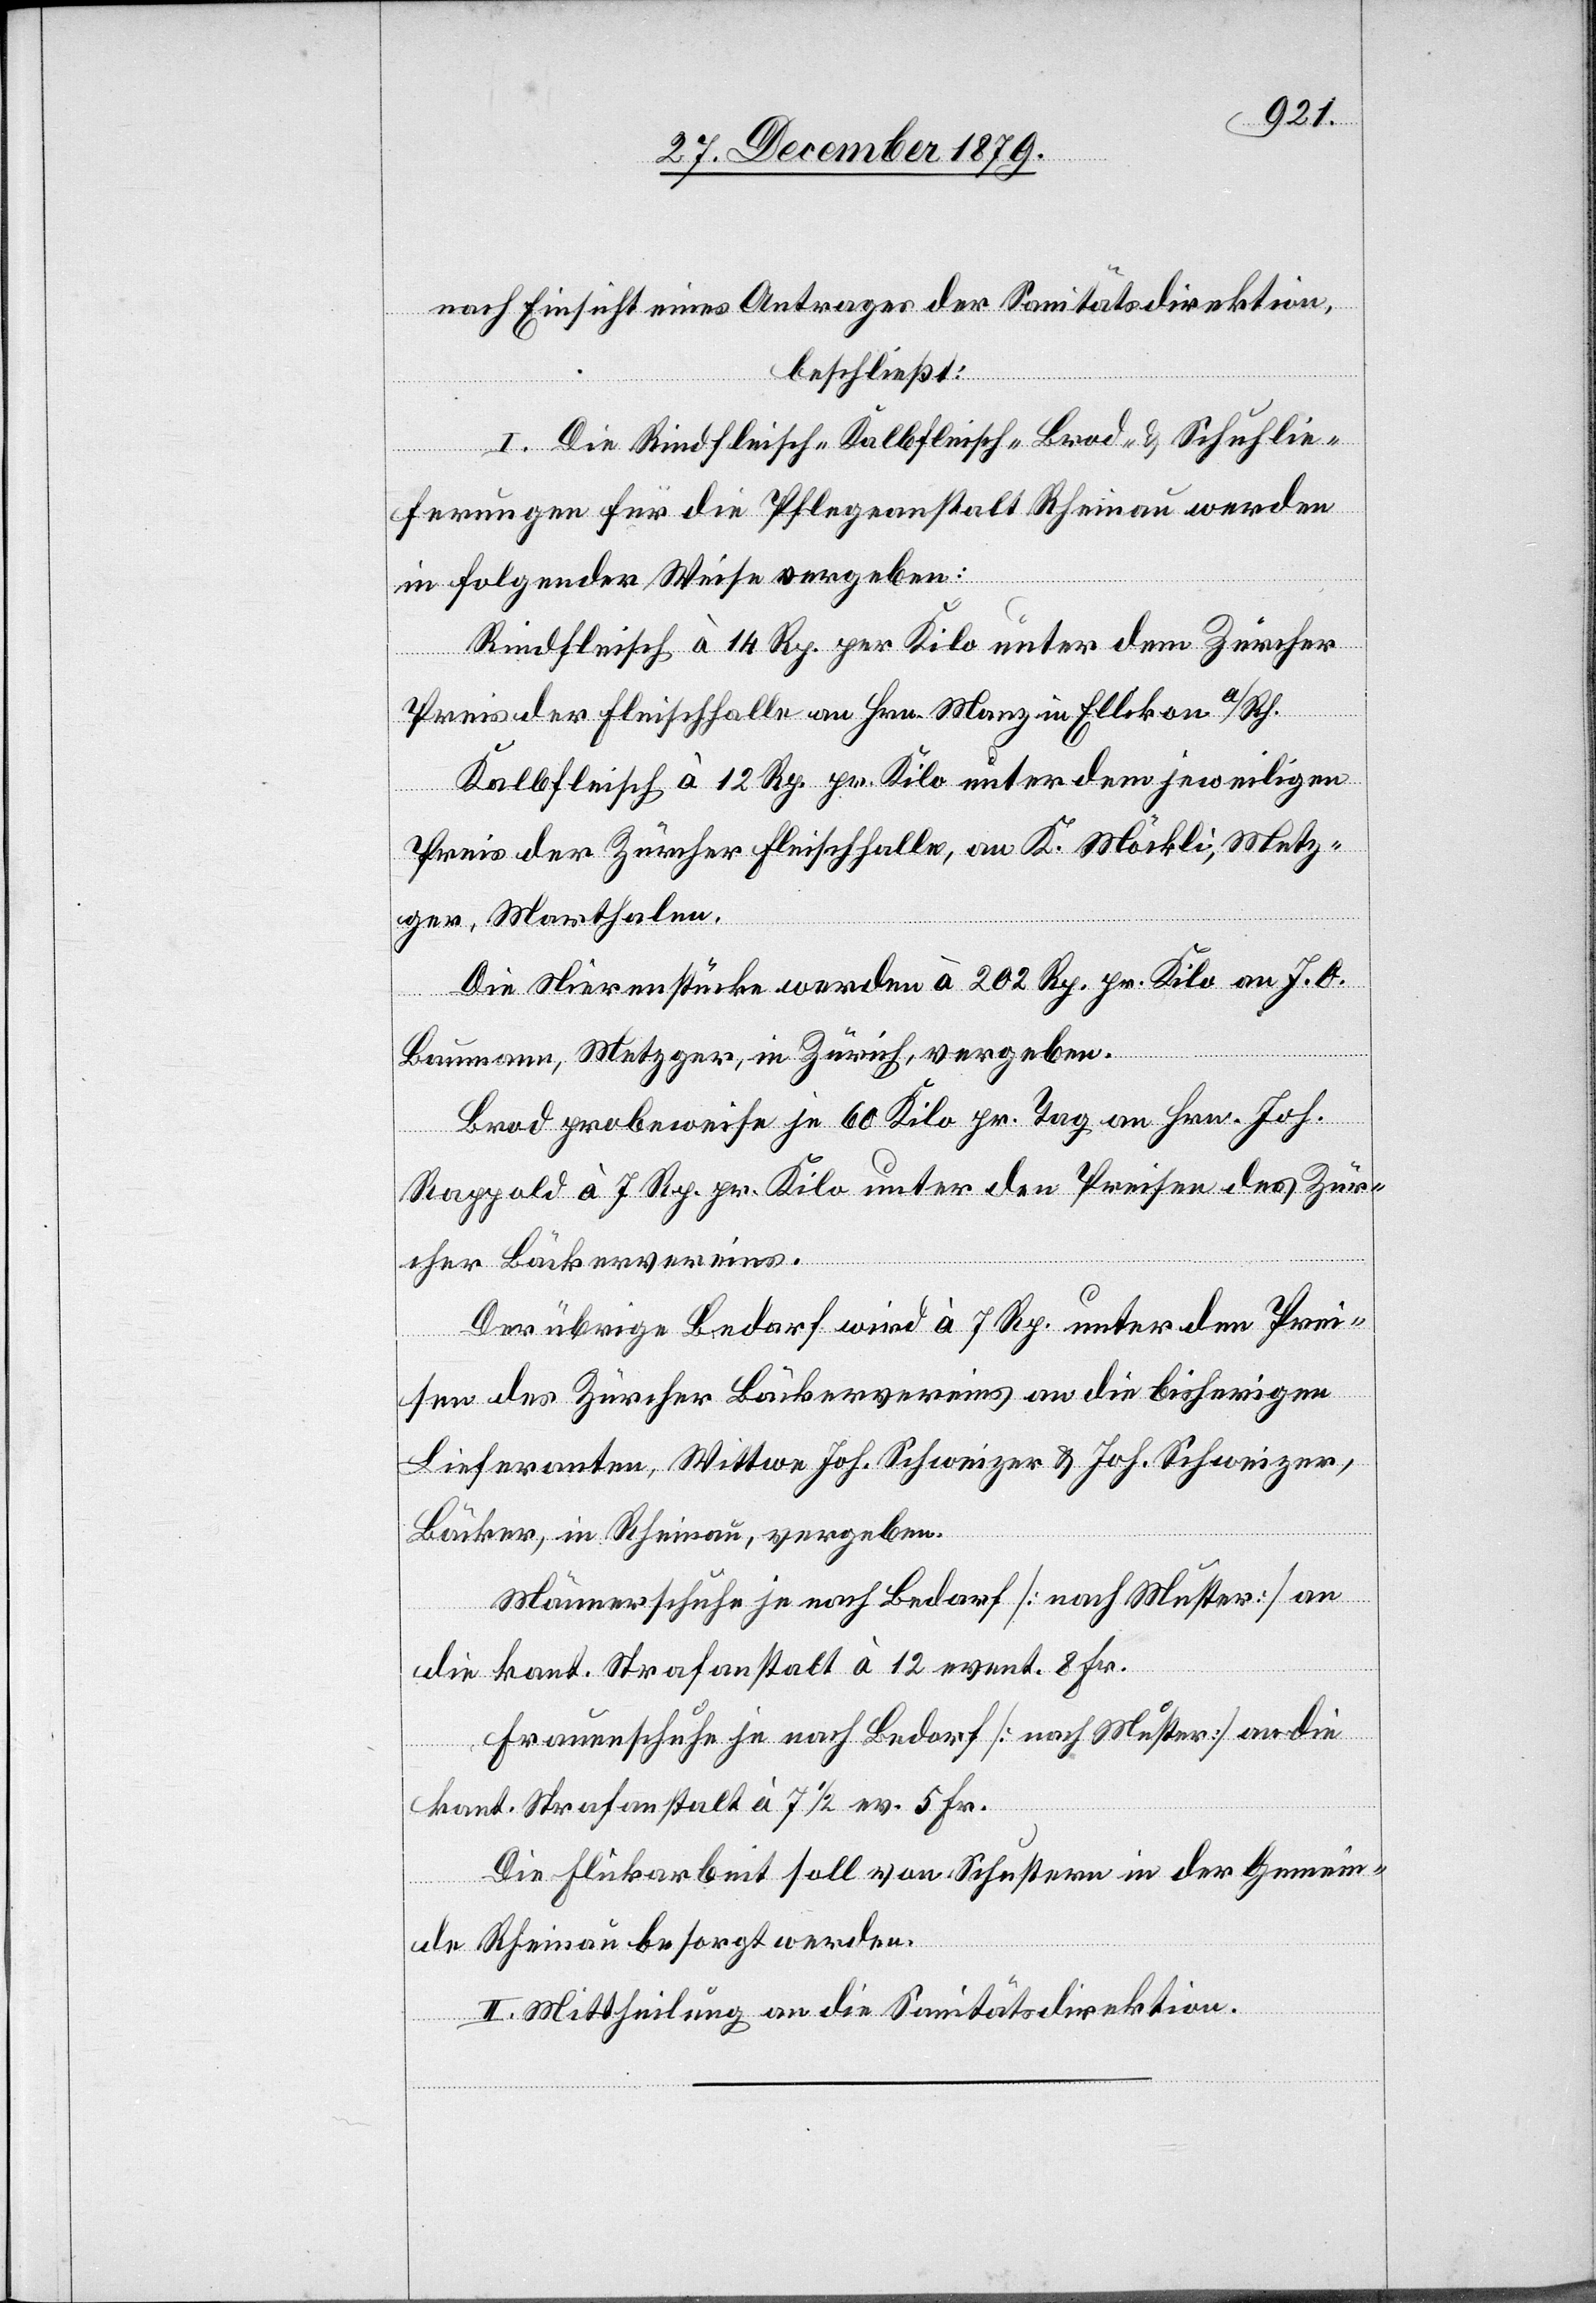
nach Einsicht eines Antrages der Sanitätsdirektion,
beschließt:
I. Die Rindfleisch-[,] Kalbfleisch-[,] Brod- & Schuhlie¬
ferungen für die Pflegeanstalt Rheinau werden
in folgender Weise vergeben:
Rindfleisch à 14 Rp. per Kilo unter dem Zürcher
Preis der Fleischhalle an Hrn. Manz in Ellikon a/Rh.
Kalbfleisch à 12 Rp. pr. Kilo unter dem jeweiligen
Preis der Zürcher Fleischhalle, an K. Möckli, Metz¬
ger, Marthalen.
Die Nierenstücke werden à 202 Rp. pr. Kilo an J. O.
Baumann, Metzger, in Zürich, vergeben.
Brod probeweise je 60 Kilo pr. Tag an Hrn. Joh.
Rappold à 7 Rp. pr. Kilo unter den Preisen des Zür¬
cher Bäckervereins.
Der übrige Bedarf wird à 7 Rp. unter den Prei¬
sen des Zürcher Bäckervereins an die bisherigen
Lieferanten, Wittwe Joh. Schweizer & Joh. Schweizer,
Bäcker, in Rheinau, vergeben.
Männerschuhe je nach Bedarf [nach Muster] an
die kant. Strafanstalt à 12 event. 8 Fr.
Frauenschuhe je nach Bedarf [nach Muster] an die
kant. Strafanstalt à 7 1/2 ev. 5 Fr.
Die Flickarbeit soll von Schustern in der Gemein¬
de Rheinau besorgt werden.
II. Mittheilung an die Sanitätsdirektion.